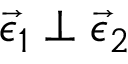
\vec { \epsilon } _ { 1 } \perp \vec { \epsilon } _ { 2 }